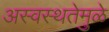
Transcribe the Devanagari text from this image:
अस्वस्थतेमुळे